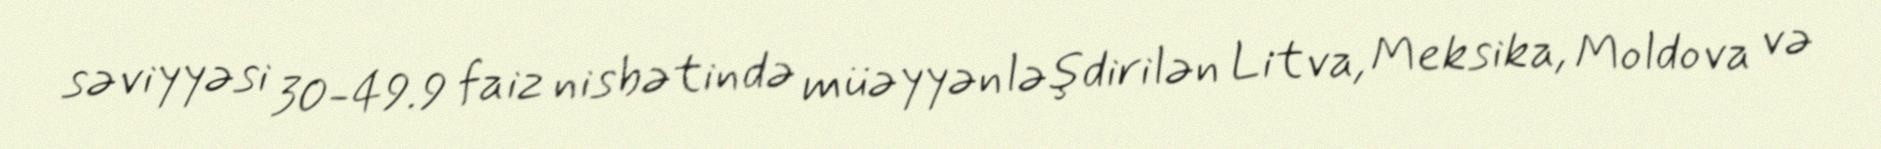
səviyyəsi 30-49.9 faiz nisbətində müəyyənləşdirilən Litva, Meksika, Moldova və